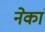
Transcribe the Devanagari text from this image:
नेकां